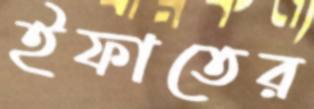
ইফাতের